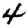
Digit: 4